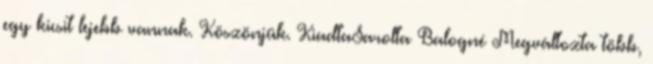
egy kicsit lejebb vannak. Köszönjük. KiadtaSarolta Balogné Megváltozta több,